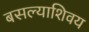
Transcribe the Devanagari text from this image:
बसल्याशिवय